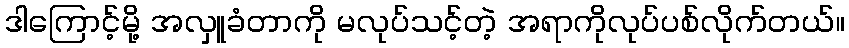
ဒါကြောင့်မို့ အလှူခံတာကို မလုပ်သင့်တဲ့ အရာကိုလုပ်ပစ်လိုက်တယ်။